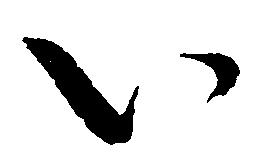
い